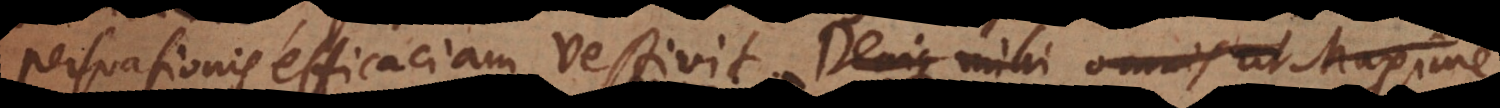
persuasionis efficaciam vestivit. Denique mihi omnis ut Maxime